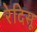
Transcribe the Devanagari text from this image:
रेदिसू